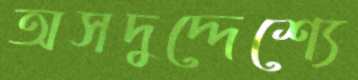
অসদুদ্দেশ্যে